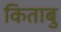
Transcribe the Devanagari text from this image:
किताबु